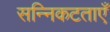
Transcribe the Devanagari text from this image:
सन्निकटताएँ